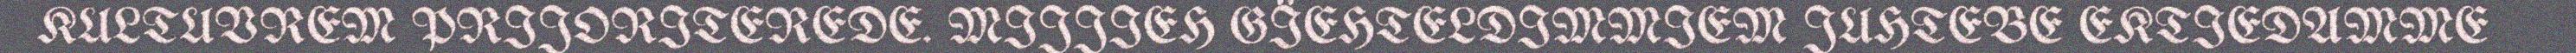
KULTUVREM PRIJORITEREDE. MIJJIEH GÏEHTELDIMMIEM JUHTEBE EKTIEDAMME